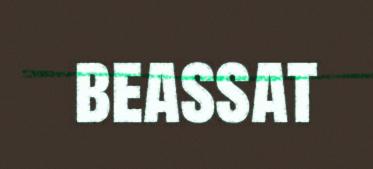
beassat